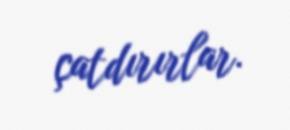
çatdırırlar.